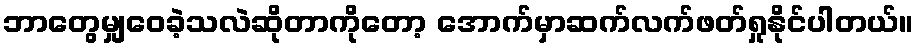
ဘာတွေမျှဝေခဲ့သလဲဆိုတာကိုတော့ အောက်မှာဆက်လက်ဖတ်ရှုနိုင်ပါတယ်။